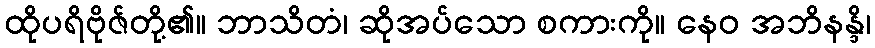
ထိုပရိဗိုဇ်တို့၏။ ဘာသိတံ၊ ဆိုအပ်သော စကားကို။ နေဝ အဘိနန္ဒိ၊